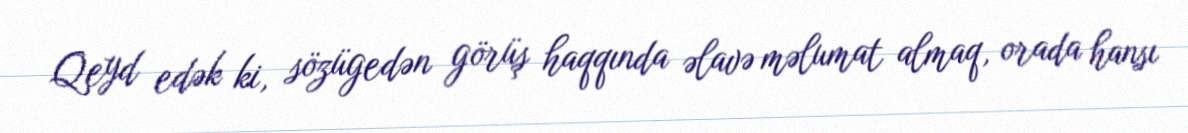
Qeyd edək ki, sözügedən görüş haqqında əlavə məlumat almaq, orada hansı